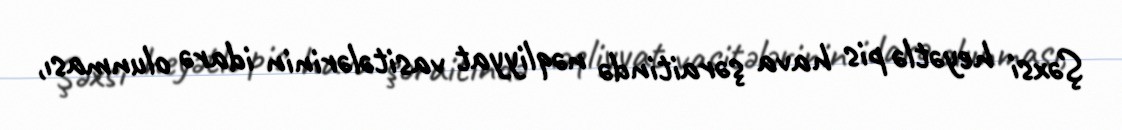
Şəxsi heyətlə pis hava şəraitində nəqliyyat vasitələrinin idarə olunması,